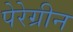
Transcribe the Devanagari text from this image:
पेरेग्रीन